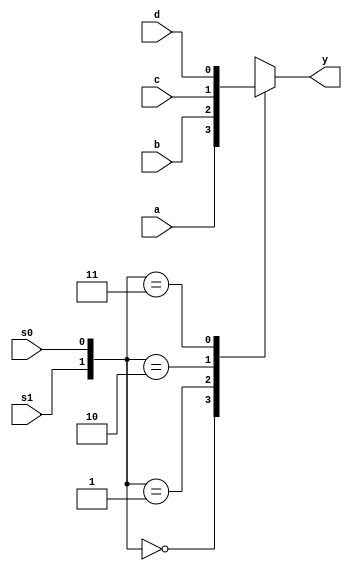
module mux41a(a,b,c,d,s1,s0,y);
	input a,b,c,d;
	input s1,s0;
	output y;
	reg y;
	always@(a,b,c,d,s1,s0)
		begin	:	mux41
			case({s1,s0})
				2'b00:y<=a;
				2'b01:y<=b;
				2'b10:y<=c;
				2'b11:y<=d;
				default :y<=a;
			endcase
		end
	endmodule